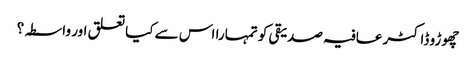
چھوڑو ڈاکٹر عافیہ صدیقی کو تمہارا اس سے کیا تعلق اور واسطہ؟